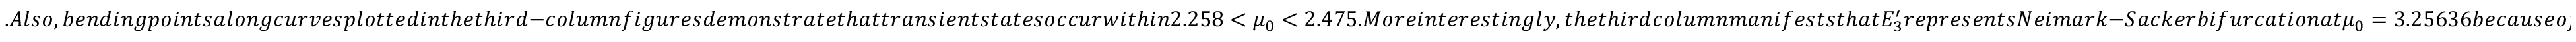
. A l s o , b e n d i n g p o i n t s a l o n g c u r v e s p l o t t e d i n t h e t h i r d - c o l u m n f i g u r e s d e m o n s t r a t e t h a t t r a n s i e n t s t a t e s o c c u r w i t h i n 2 . 2 5 8 < \mu _ { 0 } < 2 . 4 7 5 . M o r e i n t e r e s t i n g l y , t h e t h i r d c o l u m n m a n i f e s t s t h a t E _ { 3 } ^ { \prime } r e p r e s e n t s N e i m a r k - S a c k e r b i f u r c a t i o n a t \mu _ { 0 } = 3 . 2 5 6 3 6 b e c a u s e o f t h e f o l l o w i n g f a c t s : f i r s t , \omega _ { 0 } a n d \omega _ { 1 } a r e c o m p l e x c o n j u g a t e s w i t h m o d u l u s 1 , a n d s e c o n d , a s \mu _ { 0 } v a r i e s a c r o s s 3 . 2 5 6 3 6 f r o m s m a l l e r t o l a r g e r v a l u e , t o p o l o g i c a l t y p e o f E _ { 3 } ^ { \prime } c h a n g e s f r o m a s i n k ( s t a b l e ) t o a s o u r c e ( u n s t a b l e )